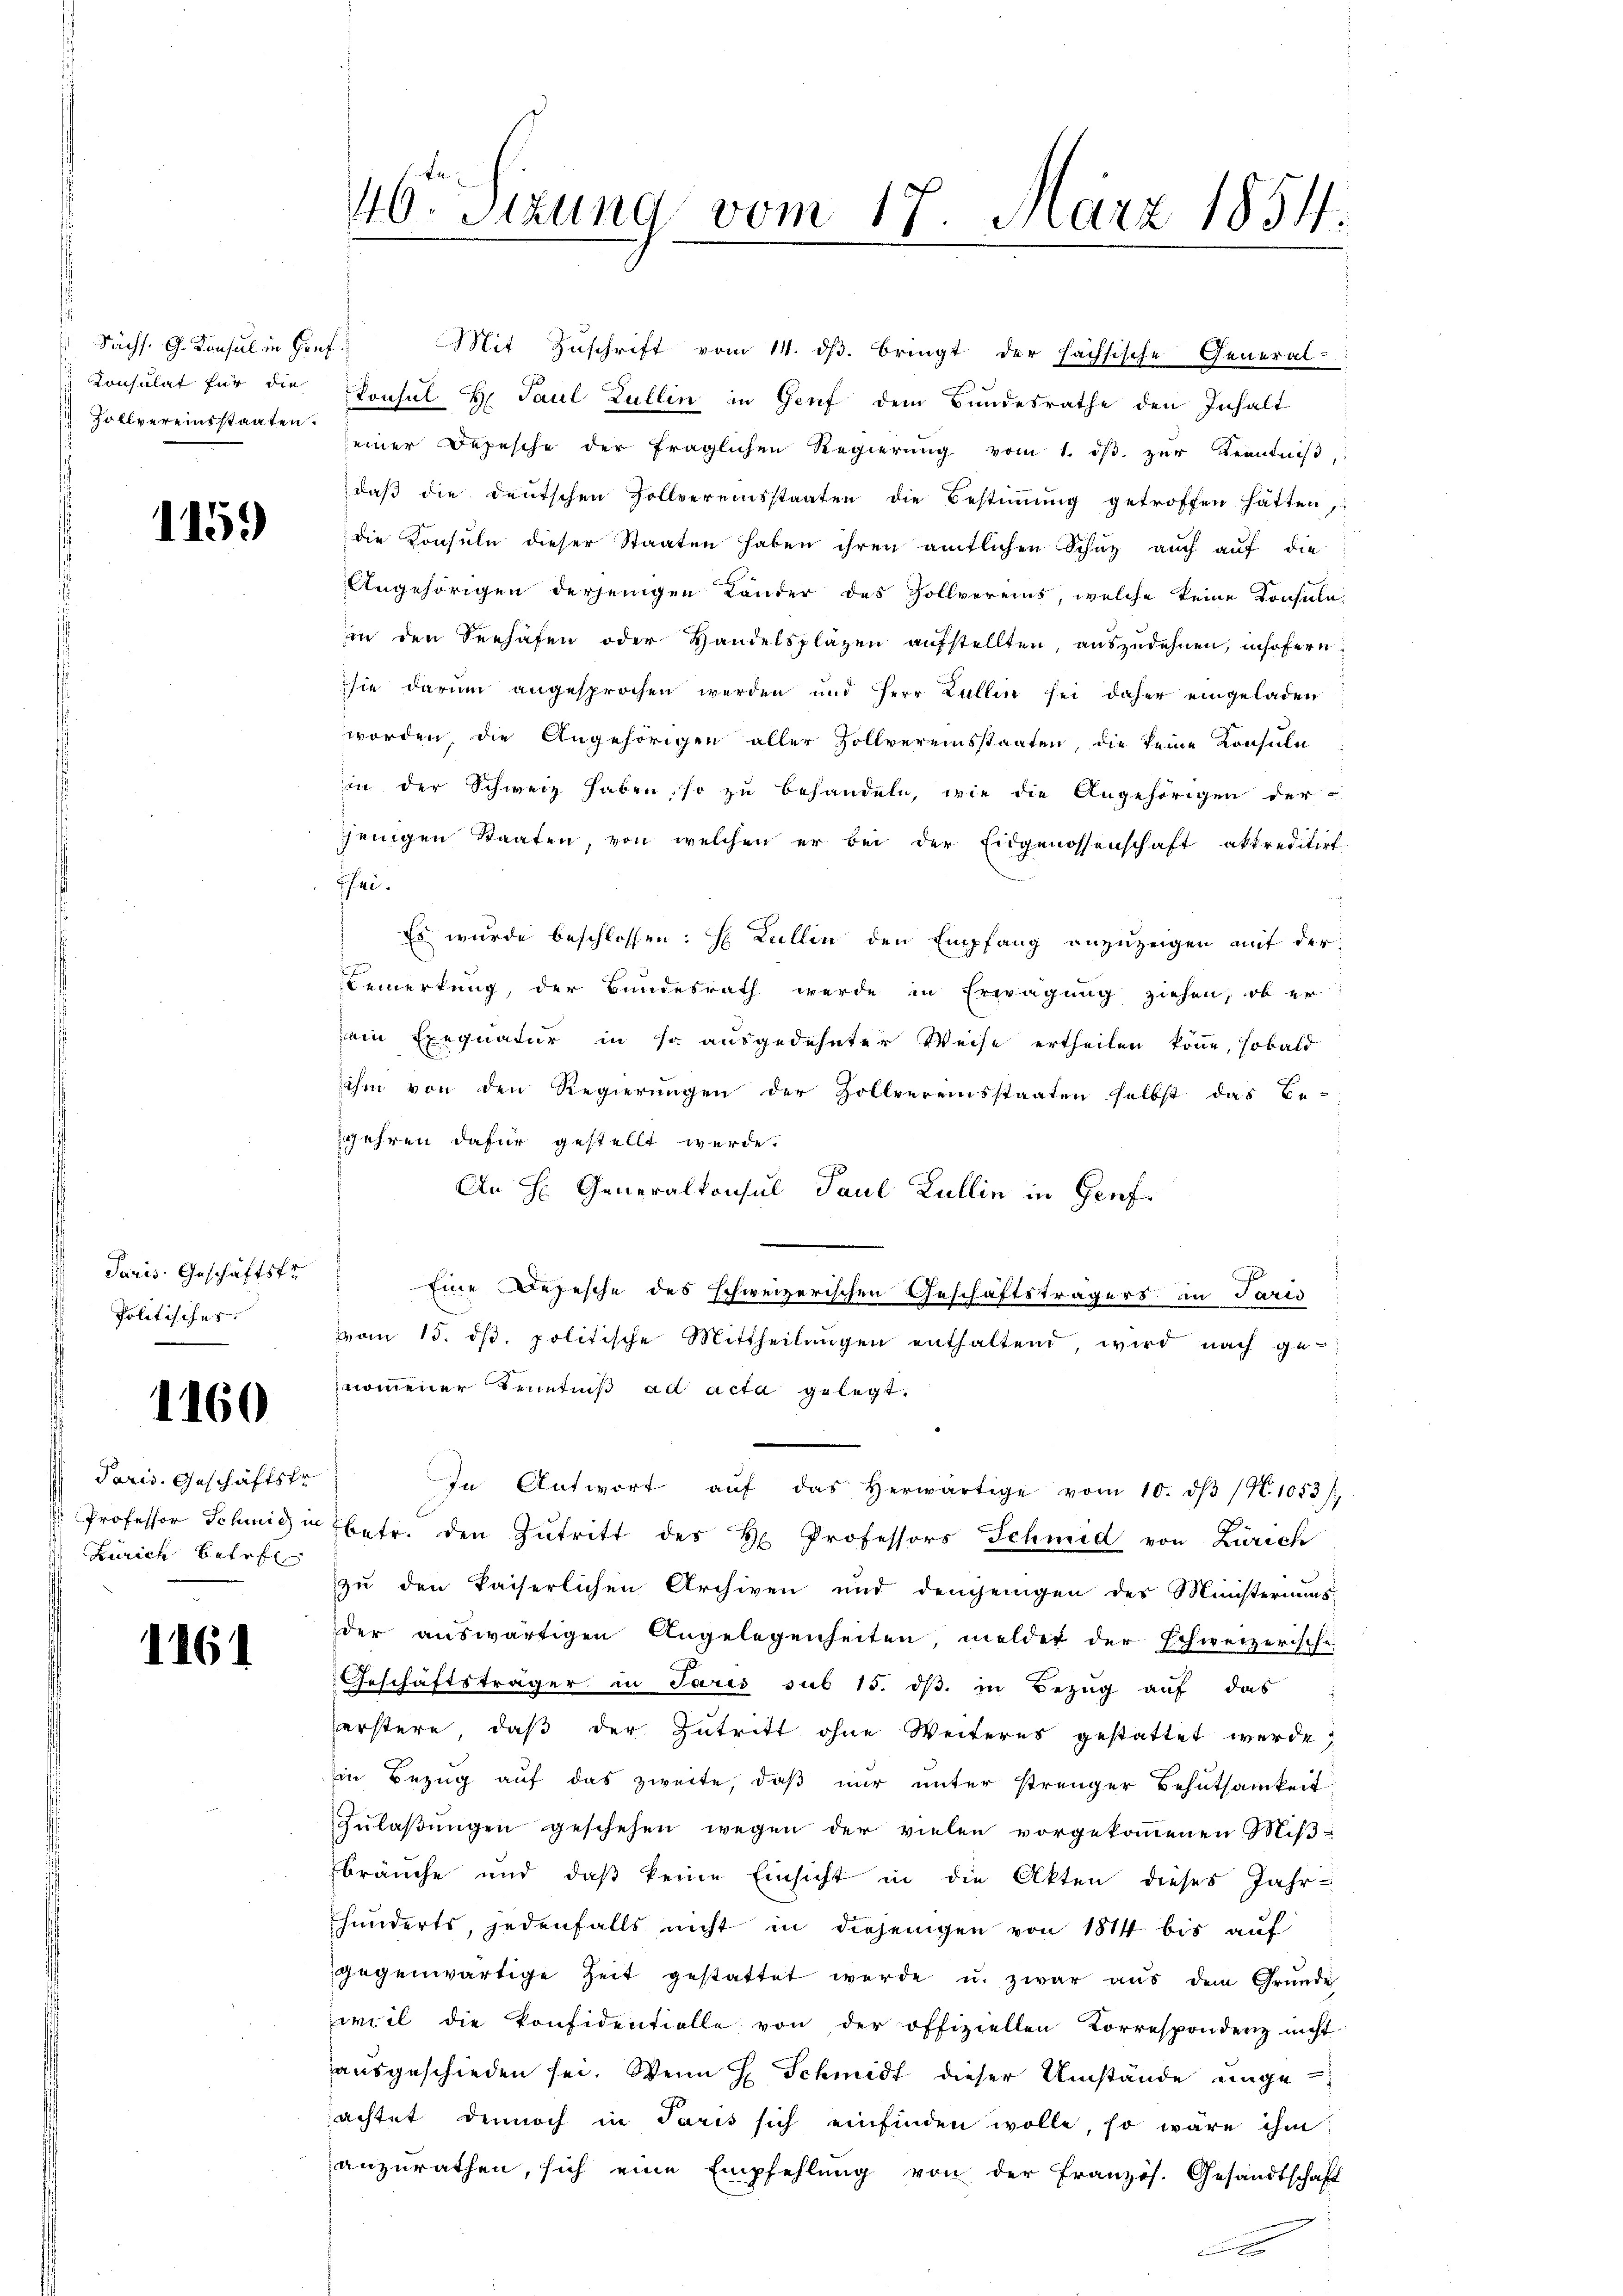
Sächs. G. Konsul in Hof
Zollvereinsstaaten.

115.

Paris Geschäftstr
Politisches

1160

Paris. Geschäftste
Zürich betref

1161

Konsulat für die Konsul H. Paul Lullin in Genf dem Bundesrathe den Inhalt
seiner Depesche der fraglichen Regierŭng vom 1. dβ zŭr Kenntniβ,
daß die deutschen Sollvereinsstaaten die Bestimmung getroffen hätten,
die Konsuln dieser Staaten haben ihren amtlichen Schuz auch auf die
Angehörigen derjenigen Länder des Zollvereins, welche keine Konsulain den Seehafen oder Handelsplazen aufstellten, auszudehnen, insofern
sie darum angesprochen werden und Herr Zollin sei daher eingeladen
worden, die Angehörigen aller Zollvereinsstaaten, die keine Konsula
oin der Schweiz haben, so zu behandeln, wie die Angehörigen der
jenigen Staaten, von welchen er bei der Eidgenossenschaft akkreditirt.
hei
s wurde beschlossen: H Lullin den Empfang anzuzeigen mit der
Bemerkung, der Bundesrath werde in Erwägung ziehen, ob er
ein Exequatur in so ausgedehnter Weise ertheilen könne, sobald
ihm von den Regierŭngen der Zollvereinsstaaten selbst das Be-
gehren dafür gestellt werde.
An H. Generalkonsul Paul Lullin in Genf.
J
Eine Depesche des schweizerischen Geschäftsträgers in Paris
vom 15. dβ. politische Mittheilŭngen enthaltend, wird nach ge-
nommener Kenntniß ad acta gelegt.
In Antwort aŭf das herwärtige vom 10. dβ /4. 1053),
 Professor Schmid betr. den Zutritt des H. Professors Schmid von Zürich
zu den kaiserlichen Archiven und demjenigen des Ministeriums
der auswärtigen Angelegenheiten, meldet der schweizerische
Geschäftsträger in Paris sub 15. dß in Bezug auf das
erstere, daß der Zutritt ohne Weiteres gestattet werde;
in Bezug auf das zweite, daß nur unter strenger Behutsamkeit
Zulaßungen geschehen wegen der vielen vorgekommenen Miβ-
bräuche und daß keine Einsicht in die Akten dieses Jahr-
fhunderts, jedenfalls nicht in diejenigen von 1814 bis auf
gegenwärtige Zeit gestattet werde u. zwar aus dem Gründe
weil die Konfidentiolle von der offiziellen Korrespondenz nicht
ausgeschieden sei. Wenn E. Schmidt dieser Umstände ungeachtet dennoch in Paris sich einfinden wolle, so wäre ihm
anzurathen, sich eine Empfehlung von der Französ. Gesandtschaft

46 Sizung vom 17. März 1854.

Mit Zŭschrift vom 14. dβ. bringt der sächsische General-